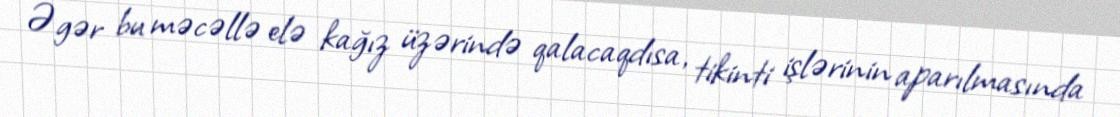
Əgər bu məcəllə elə kağız üzərində qalacaqdısa, tikinti işlərinin aparılmasında